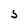
Character: S